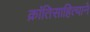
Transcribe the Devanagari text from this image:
क्रांतिसाहित्याने